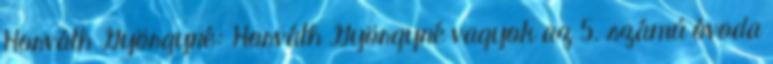
Horváth Györgyné: Horváth Györgyné vagyok az 5. számú óvoda